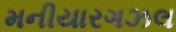
મનીયારગઝલ